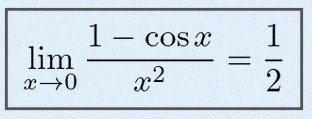
\lim_{x\to0}\frac{1-\cos x}{x^2}=\frac12